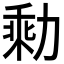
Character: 𰀭